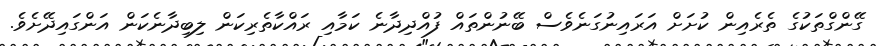
ގޭންގްތަކުގެ ތެރެއިން ކުށަށް އަރައިނުގަނެވެސް ބޭނުންތައް ފުއްދިދާނެ ކަމާއި ރައްކާތެރިކަން ލިބިދާނެކަން އަންގައިދޭށެވެ.